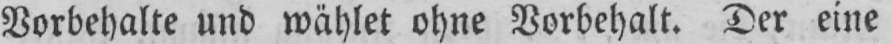
Vorbehalte und wählet ohne Vorbehalt. Der eine